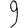
Digit: 9